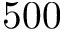
5 0 0